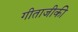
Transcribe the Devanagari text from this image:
गीताजीकी